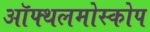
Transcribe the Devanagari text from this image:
ऑफ्थलमोस्कोप